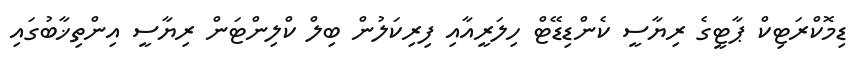
ޑިމޮކްރަޓިކް ޕާޓީގެ ރިޔާސީ ކެންޑިޑޭޓް ހިލަރީއާއި ފިރިކަލުން ބިލް ކްލިންޓަން ރިޔާސީ އިންތިޚާބުގައި